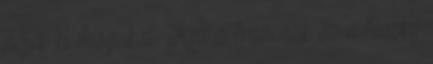
nőjék ki magukat. Kell a francnak ez a feszkó